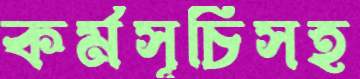
কর্মসূচিসহ